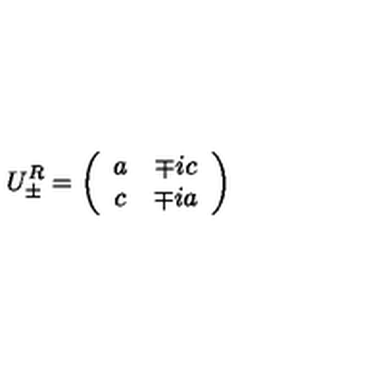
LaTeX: U _ { \pm } ^ { R } = \left( \begin{array} { c c } { a } & { \mp i c } \\ { c } & { \mp i a } \\ \end{array} \right)